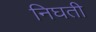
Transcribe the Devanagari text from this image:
निघती